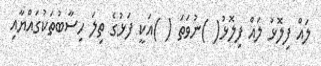
ލައް ފިލޮޅު ލައް ފިލޮޅު( )ނުވަތަ ( )އަކީ ފަޅުގެ ތިލަ ހިސާބުތަކުގައްޔާއި